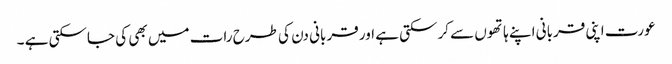
عورت اپنی قربانی اپنے ہاتھوں سے کرسکتی ہے اور قربانی دن کی طرح رات میں بھی کی جاسکتی ہے ۔